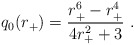
\begin{align*}q_0(r_+)={{r_+^6-r_+^4}\over {4r_+^2+3}}\ .\end{align*}